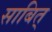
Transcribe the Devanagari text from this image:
साबित्